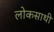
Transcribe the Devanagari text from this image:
लोकसाथी